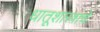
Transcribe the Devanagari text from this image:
धातूशास्त्राचे